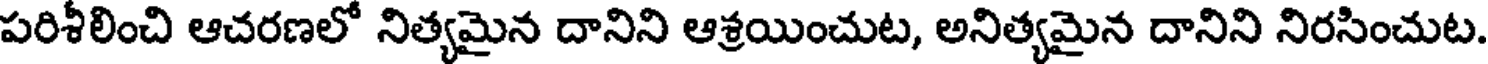
పరిశీలించి ఆచరణలో నిత్యమైన దానిని ఆశ్రయించుట, అనిత్యమైన దానిని నిరసించుట